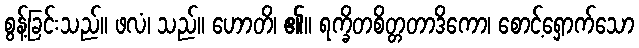
စွန့်ခြင်းသည်။ ဖလံ၊ သည်။ ဟောတိ၊ ၏။ ရက္ခိတစိတ္တတာဒိကော၊ စောင့်ရှောက်သော